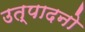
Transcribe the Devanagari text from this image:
उत्पादनो